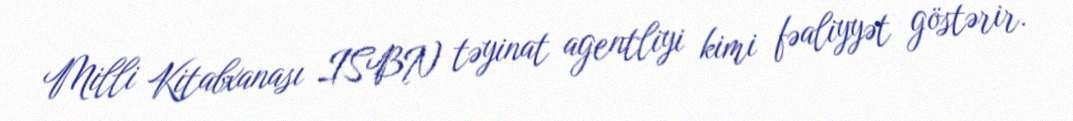
Milli Kitabxanası ISBN təyinat agentliyi kimi fəaliyyət göstərir.